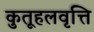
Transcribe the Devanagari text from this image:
कुतूहलवृत्ति